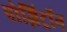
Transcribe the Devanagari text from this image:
पोज़िट्रॉन